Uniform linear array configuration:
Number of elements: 24
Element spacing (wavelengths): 0.5
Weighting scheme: hann
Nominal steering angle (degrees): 15
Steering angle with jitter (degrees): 16.443
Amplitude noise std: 0.05
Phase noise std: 0.05

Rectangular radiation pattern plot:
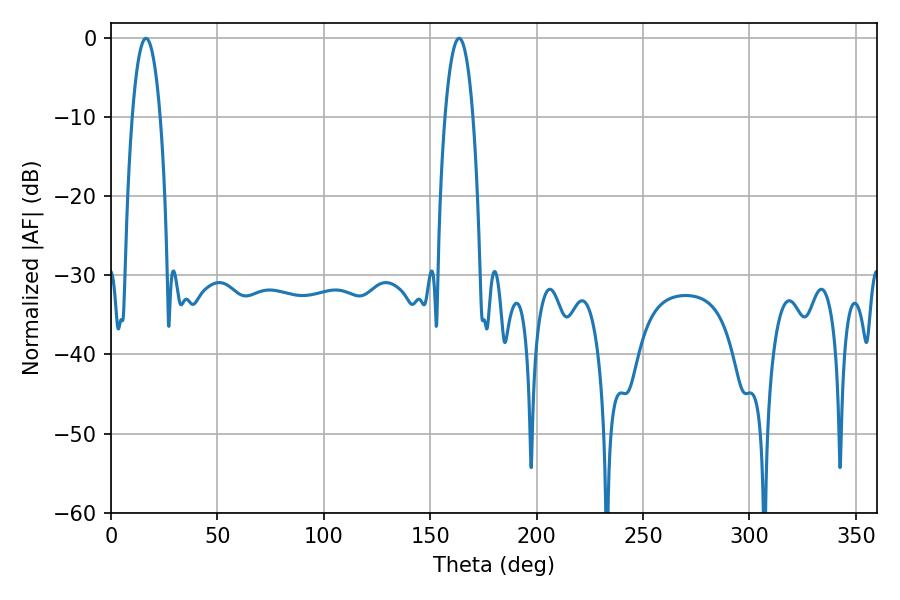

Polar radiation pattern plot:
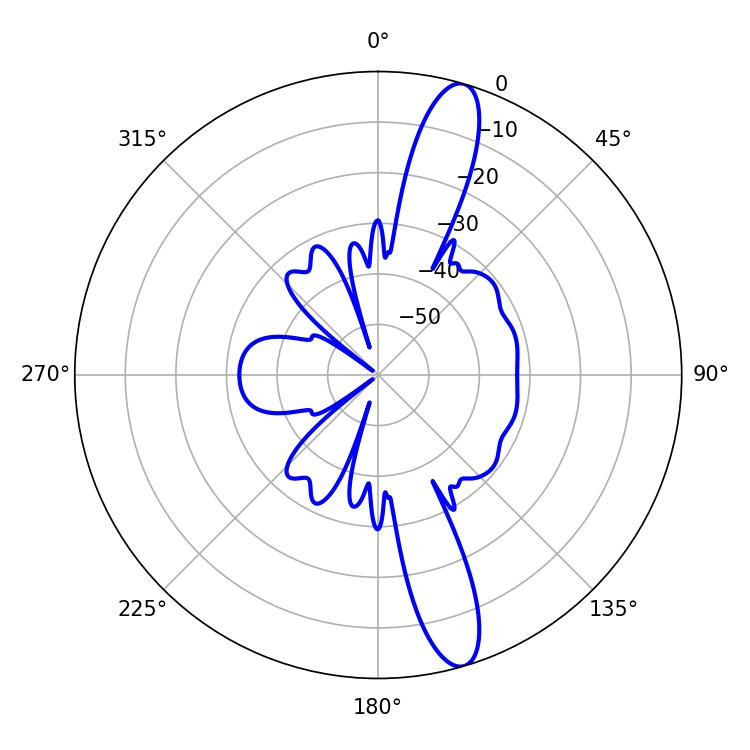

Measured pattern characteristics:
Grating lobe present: FALSE
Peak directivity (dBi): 14.082
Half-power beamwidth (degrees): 7.38
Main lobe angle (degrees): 16.38